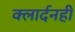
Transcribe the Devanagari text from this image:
क्लार्दनही